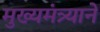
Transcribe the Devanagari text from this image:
मुख्यमंत्र्याने